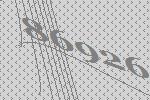
86926